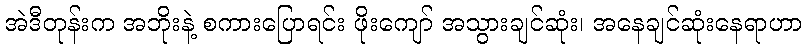
အဲဒီတုန်းက အဘိုးနဲ့ စကားပြောရင်း ဖိုးကျော် အသွားချင်ဆုံး၊ အနေချင်ဆုံးနေရာဟာ